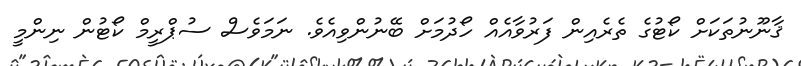
ޤާނޫނުތަކަށް ކޯޓުގެ ތެރެއިން ފަރުވާއެއް ހޯދުމަށް ބޭނުންވިއެވެ. ނަމަވެސް ސުޕްރީމް ކޯޓުން ނިންމީ